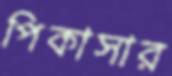
পিকাসার